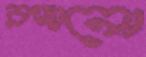
রঙ্গানো